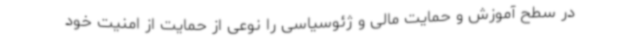
در سطح آموزش و حمایت مالی و ژئوسیاسی را نوعی از حمایت از امنیت خود